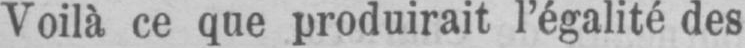
Voilà ce que produirait l’égalité des